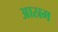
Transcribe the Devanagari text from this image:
आस्रम